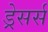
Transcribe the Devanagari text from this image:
ड्रेसर्स